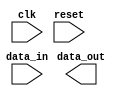
module fifo_buffer(
    input wire clk,
    input wire reset,
    input wire data_in,
    output reg data_out
);

// Timing control block
always @(posedge clk or posedge reset)
begin
    if (reset)
    begin
        // Reset logic
    end
    else
    begin
        // Clock gating logic
        // Data transfer timing logic
        // Write and read logic
    end
end

// Synchronization block
always @(posedge clk)
begin
    // Synchronization logic between clock domains
end

endmodule